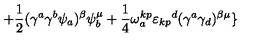
+ { \frac { 1 } { 2 } } ( \gamma ^ { a } \gamma ^ { b } \psi _ { a } ) ^ { \beta } \psi _ { b } ^ { \mu } + { \frac { 1 } { 4 } } \omega _ { a } ^ { k p } { \varepsilon _ { k p } } ^ { d } ( \gamma ^ { a } \gamma _ { d } ) ^ { \beta \mu } \}